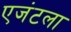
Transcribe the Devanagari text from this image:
एजंटला